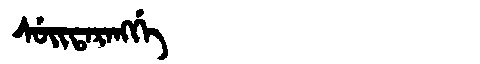
Manchu: ᠰᡠᡳᡨᠠᡵᠠᠩᡤᡝ
Romanization: SUITARANGGE